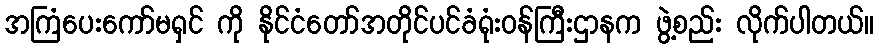
အကြံပေးကော်မရှင် ကို နိုင်ငံတော်အတိုင်ပင်ခံရုံးဝန်ကြီးဌာနက ဖွဲ့စည်း လိုက်ပါတယ်။